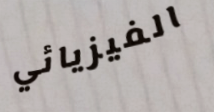
الفيزيائي